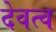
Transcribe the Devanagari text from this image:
देवत्‍व